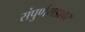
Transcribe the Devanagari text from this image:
संपुर्णगडावर